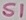
Text: S1